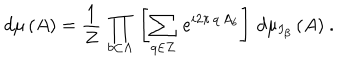
\left. d \mu \, ( A ) = \frac { 1 } { Z } \, \prod _ { b \subset \Lambda } \, \left[ \sum _ { q \in Z } \, e ^ { i 2 \pi \, q \, A _ { b } } \right] \, d \mu _ { I _ { \beta } } \, ( A ) \ . \right.